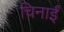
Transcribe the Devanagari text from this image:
चिनाईं